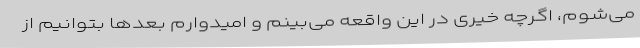
می‌شوم، اگرچه خیری در این واقعه می‌بینم و امیدوارم بعدها بتوانیم از